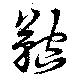
鞚